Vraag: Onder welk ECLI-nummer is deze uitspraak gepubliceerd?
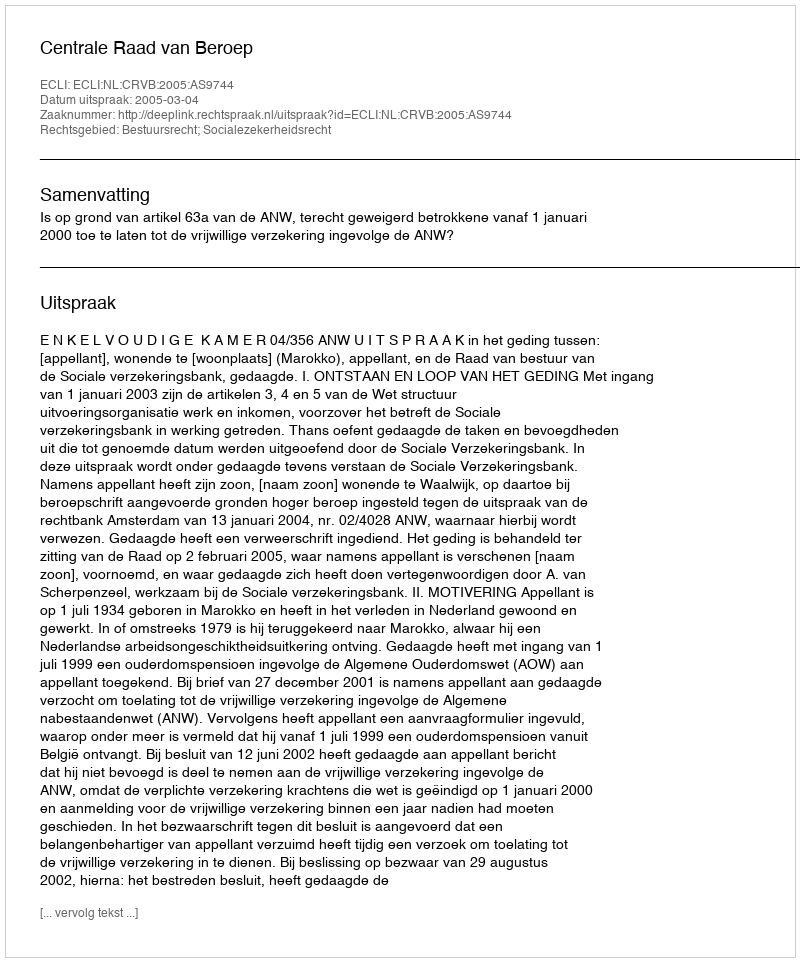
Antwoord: ECLI:NL:CRVB:2005:AS9744